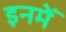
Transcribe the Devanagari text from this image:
इनमेँ